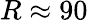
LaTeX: R\approx 90